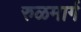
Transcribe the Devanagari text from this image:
रुळमार्ग